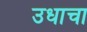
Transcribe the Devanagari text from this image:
उधाचा